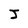
Character: J